Bréfritari: Zófónías Benjamínsson
Viðtakandi: Halldór Jónsson
Dagsetning: A-1863-03-24
Skrifað á: Ytra-Lóni, Langanesi  N-Þing.

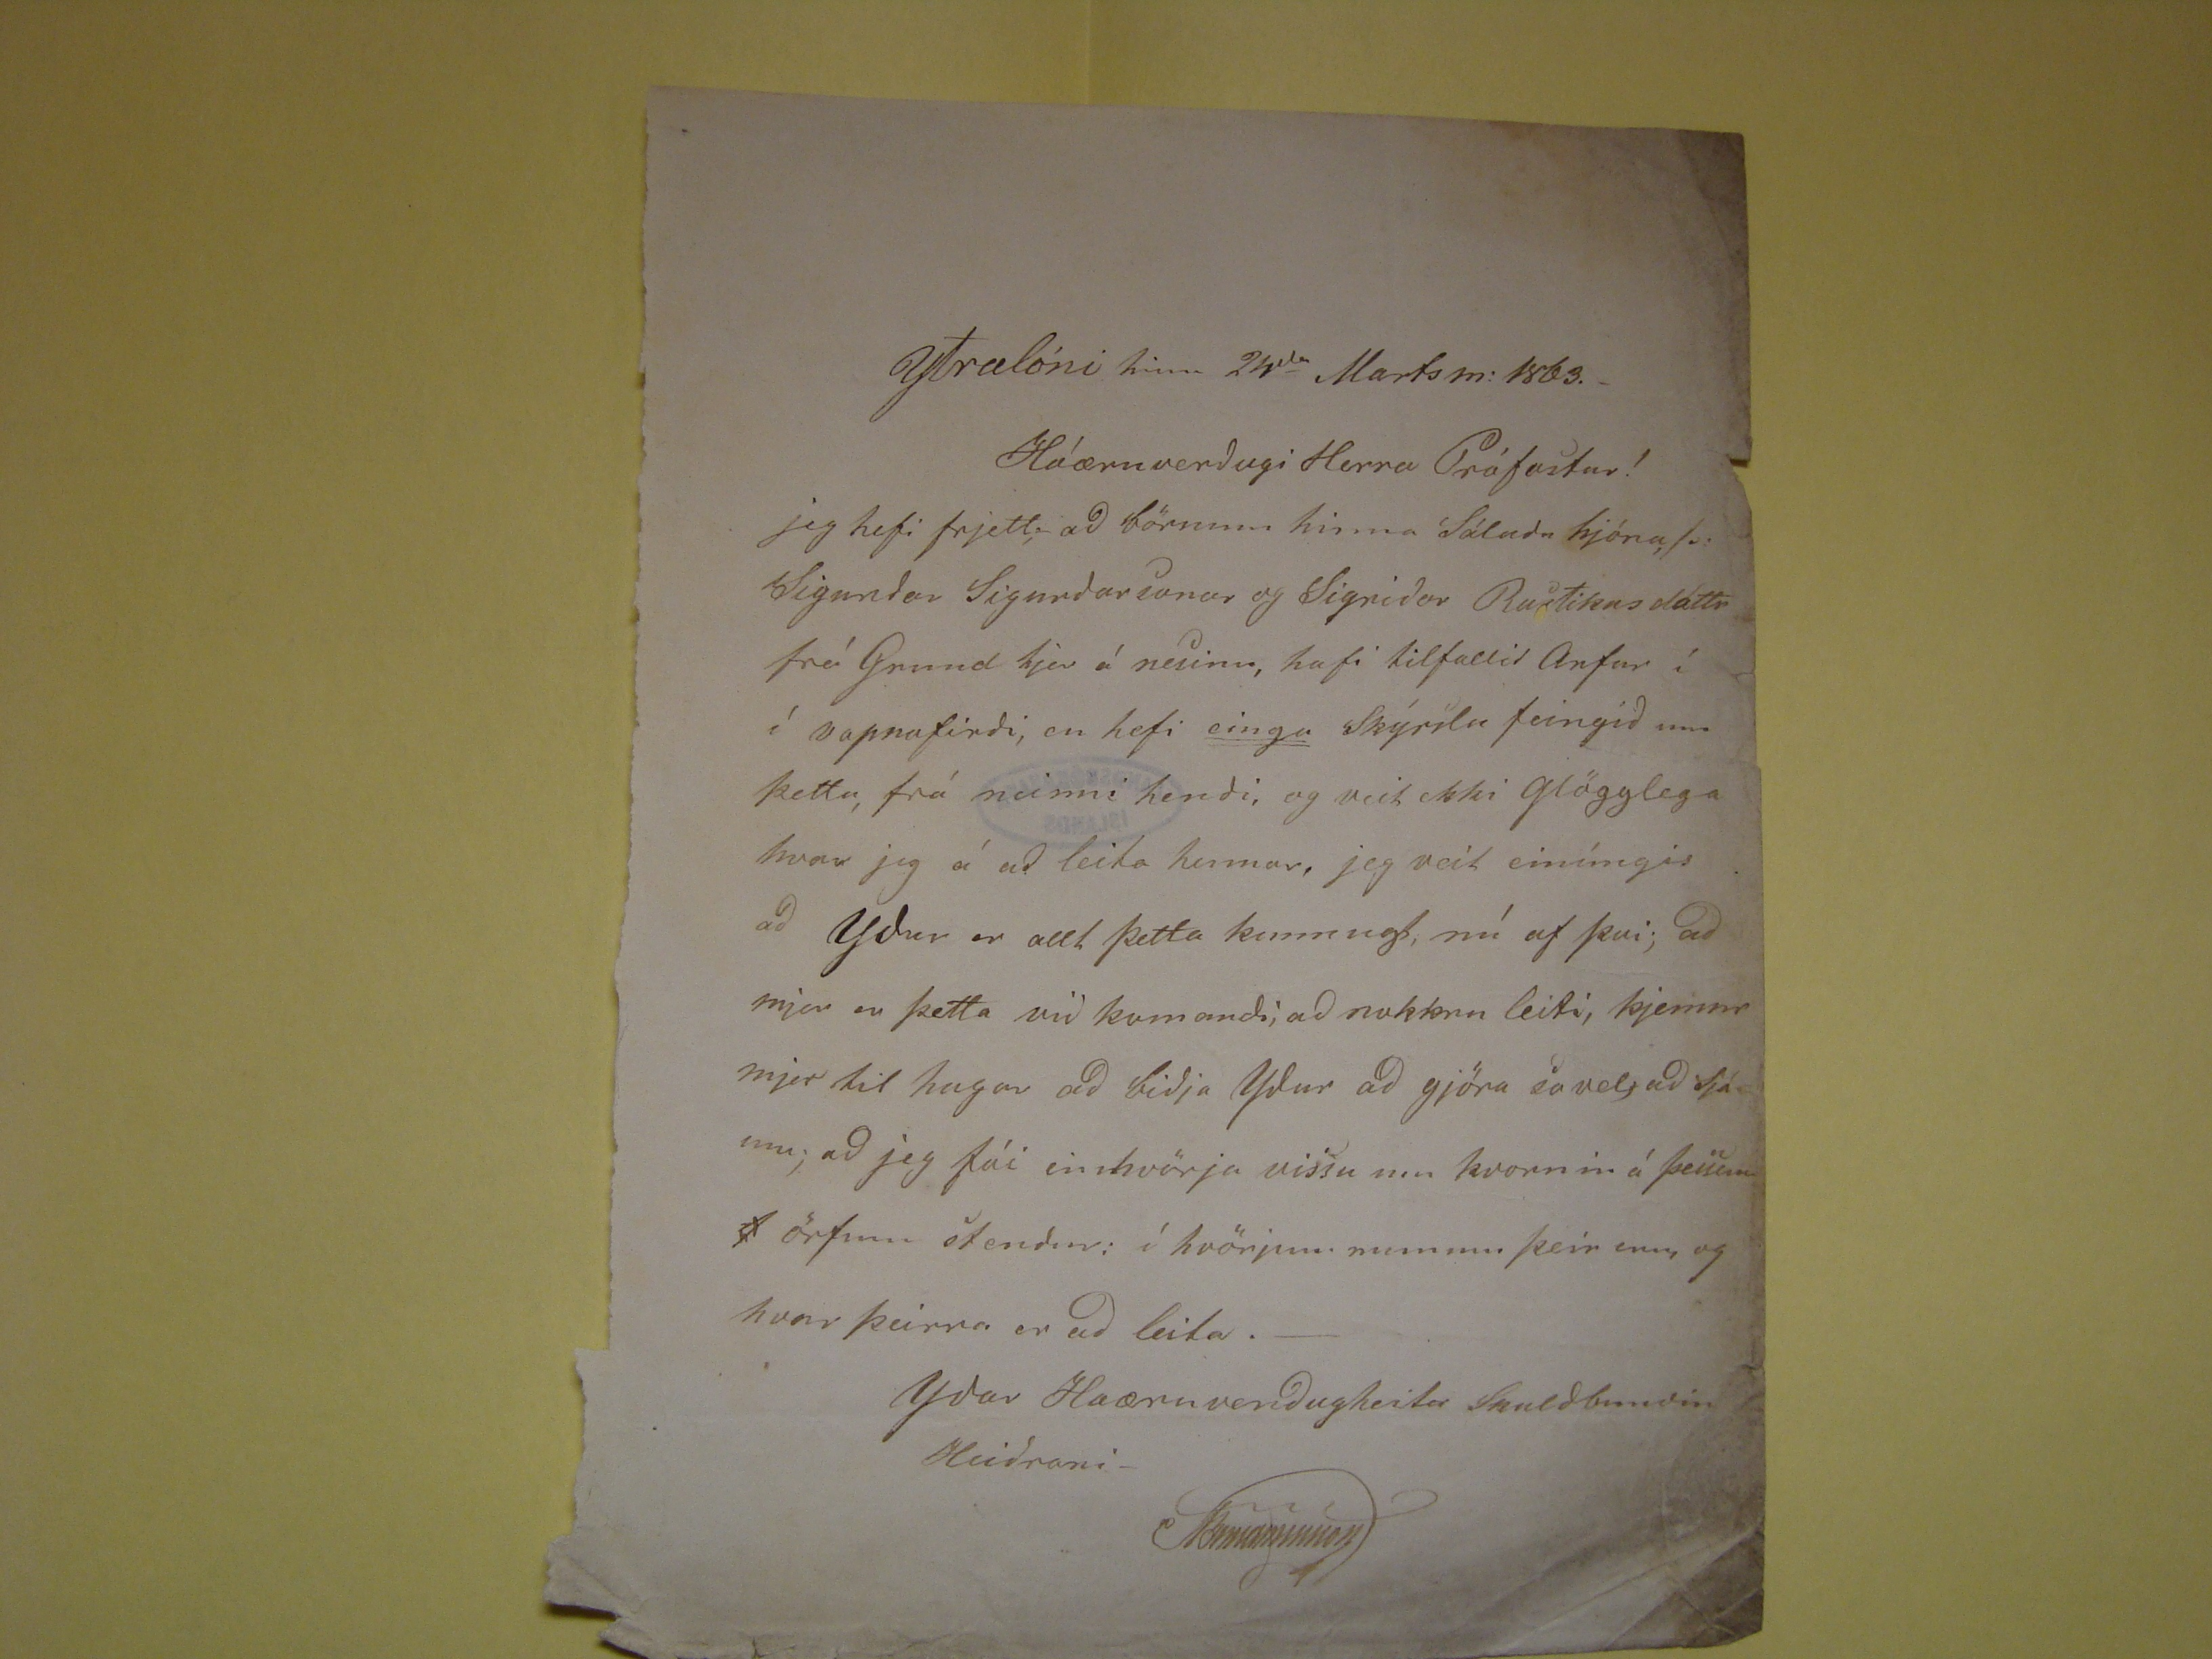

Ytralóni hinn 24
da
Martsm. 1863
Háæruverðugi Herra Prófastur!
jeg hefi frjett, að börnum hinna Sáluðu hjóna, þ. Sigurðar Sigurðarsonar og Sigríðar
Rustikusdóttr
frá Grund hjer á nesinu, hafi tilfallið
Arfur í í Vopnafirði, en hefi
einga
Skýrslu feingið um þetta, frá neinni hendi, og veit ekki glögglega hvar jeg á að leita hennar, jeg veit
einúngis að Yður er allt þetta kunnugt, nú af því; að mjer er þetta við komandi, að nokkru leiti, kjemur mjer til hugar að biðja Yður að gjöra so vel, að sjá um; að jeg
fái einhvörja vissu um kvornin á þessum
f
örfum stendur: í hvörjum munum þeir enn, og hvar þeirra er að leita.-
Yðar Haæruverðugheita Skuldbundin
Heiðrari
ZBeniaminsson